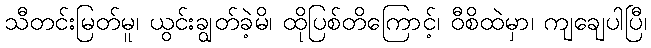
သီတင်းမြတ်မူ၊ ယွင်းချွတ်ခဲ့မိ၊ ထိုပြစ်တိကြောင့်၊ ဝီစိထဲမှာ၊ ကျချေပါပြီ၊